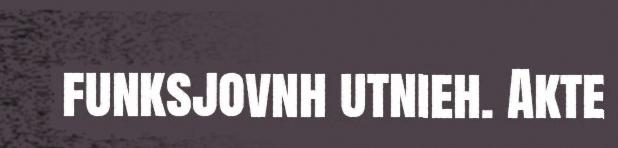
funksjovnh utnieh. Akte